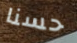
حسنا